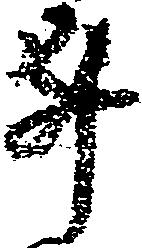
事